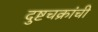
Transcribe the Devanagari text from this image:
दुष्टचक्रांची